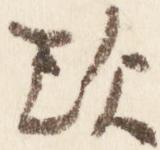
歎